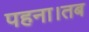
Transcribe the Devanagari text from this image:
पहना।तब